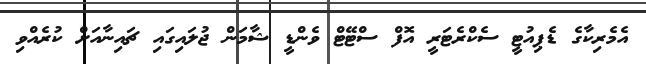
އެމެރިކާގެ ޑެޕިއުޓީ ސެކްރެޓަރީ އޮފް ސްޓޭޓް ވެންޑީ ޝާމަން ޖުލައިގައި ޗައިނާއަށް ކުރެއްވި